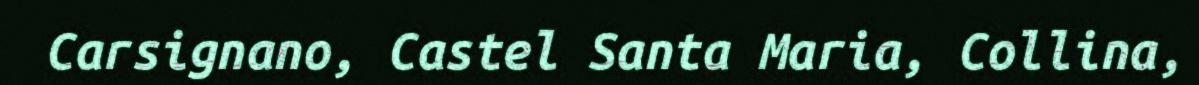
Carsignano, Castel Santa Maria, Collina,